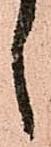
々